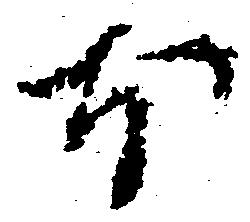
ほ